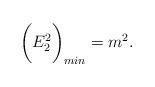
LaTeX: \begin{align*}\bigg(E^2_2\bigg)_{min} = m^2.\end{align*}